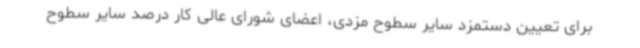
برای تعیین دستمزد سایر سطوح مزدی، اعضای شورای عالی کار درصد سایر سطوح